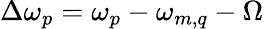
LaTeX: \Delta\omega_{p}=\omega_{p}-\omega_{m,q}-\Omega